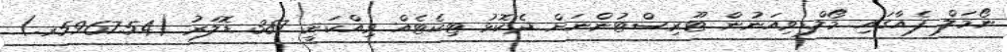
ނޯމަލް ފެއާގައި މޯލްޑިވިއަނުން ޓޫރިސްޓުންނަށް ދެކޮޅު ޓިކެޓެއް ވިއްކަނީ 387 ޑޮލަރު (5967.54ރ.)